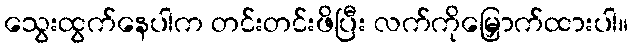
သွေးထွက်နေပါက တင်းတင်းဖိပြီး လက်ကိုမြှောက်ထားပါ။